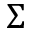
\Sigma